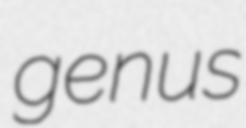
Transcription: genus